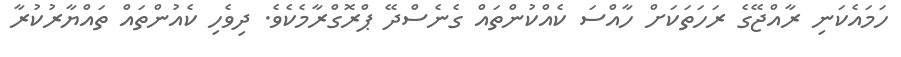
ހަމައެކަނި ރާއްޖޭގެ ރަހަތަކަށް ހާއްސަ ކެއްކުންތައް ގެނެސްދޭ ޕްރޮގްރާމެކެވެ. ދިވެހި ކެއުންތައް ތައްޔާރުކުރާ